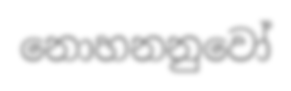
නොහනනුවෝ